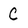
Character: C